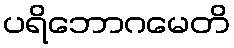
ပရိဘောဂမေတိ